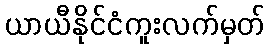
ယာယီနိုင်ငံကူးလက်မှတ်